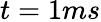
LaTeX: t=1ms